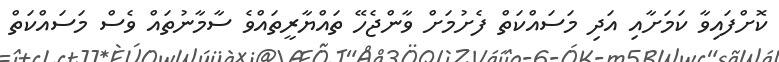
ކޮށްފައިވާ ކަމަށާއި އަދި މަސައްކަތް ފެށުމަށް ވާންޖެހޭ ތައްޔާރީތައްވެ ސާމާނުތައް ވެސް މަސައްކަތް